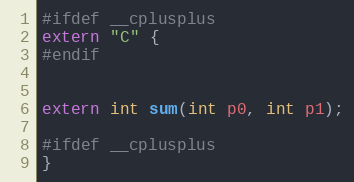
Language: C
#ifdef __cplusplus
extern "C" {
#endif

extern int sum(int p0, int p1);

#ifdef __cplusplus
}